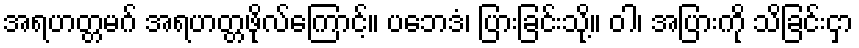
အရဟတ္တမဂ် အရဟတ္တဖိုလ်ကြောင့်။ ပဘေဒံ၊ ပြားခြင်းသို့။ ဝါ၊ အပြားကို သိခြင်းငှာ